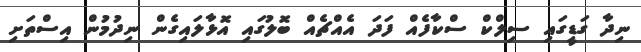
ނިދާ ގަޑީގައި ސިލްކް ސްކާފެއް ފަދަ އެއްޗެއް ބޮލުގައި އޮޅާލައިގެން ނިދުމުން އިސްތަށި